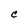
Character: C